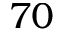
7 0